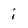
Character: i